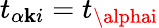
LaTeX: t_{\alpha\mathbf{k}i}=t_{\alphai}